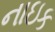
નાઇક